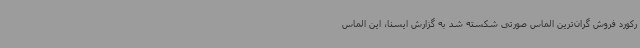
رکورد فروش گران‌ترین الماس صورتی شکسته شد به گزارش ایسنا، این الماس